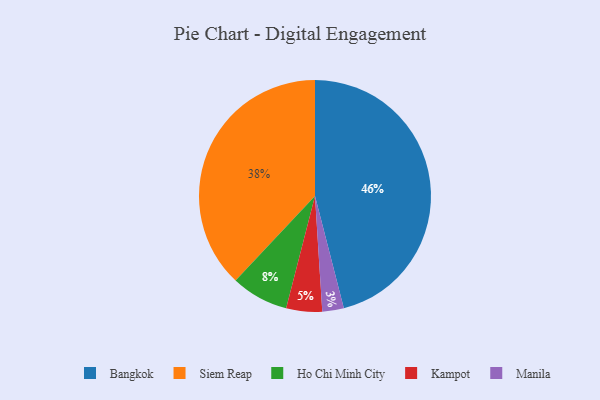
{"axis": {"x": "Category", "y": "Percentage"}, "legend": ["Bangkok", "Ho Chi Minh City", "Kampot", "Manila", "Siem Reap"], "data": [{"x": "Ho Chi Minh City", "y": 8, "type": "Ho Chi Minh City"}, {"x": "Bangkok", "y": 46, "type": "Bangkok"}, {"x": "Kampot", "y": 5, "type": "Kampot"}, {"x": "Manila", "y": 3, "type": "Manila"}, {"x": "Siem Reap", "y": 38, "type": "Siem Reap"}]}